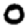
Digit: 0